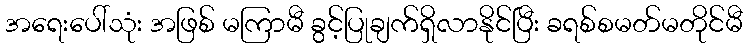
အရေးပေါ်သုံး အဖြစ် မကြာမီ ခွင့်ပြုချက်ရှိလာနိုင်ပြီး ခရစ်စမတ်မတိုင်မီ